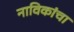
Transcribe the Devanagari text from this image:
नाविकांचा